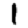
Digit: 1